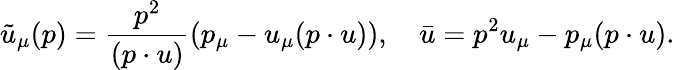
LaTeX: \tilde{u}_{\mu}(p)=\frac{p^{2}}{(p\cdot u)}(p_{\mu}-u_{\mu}(p\cdot u)),\quad\bar{u}=p^{2}u_{\mu}-p_{\mu}(p\cdot u).